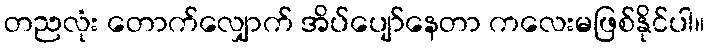
တညလုံး တောက်လျှောက် အိပ်ပျော်နေတာ ကလေးမဖြစ်နိုင်ပါ။